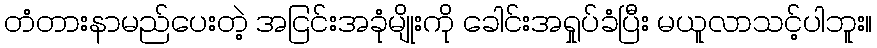
တံတားနာမည်ပေးတဲ့ အငြင်းအခုံမျိုးကို ခေါင်းအရှုပ်ခံပြီး မယူလာသင့်ပါဘူး။